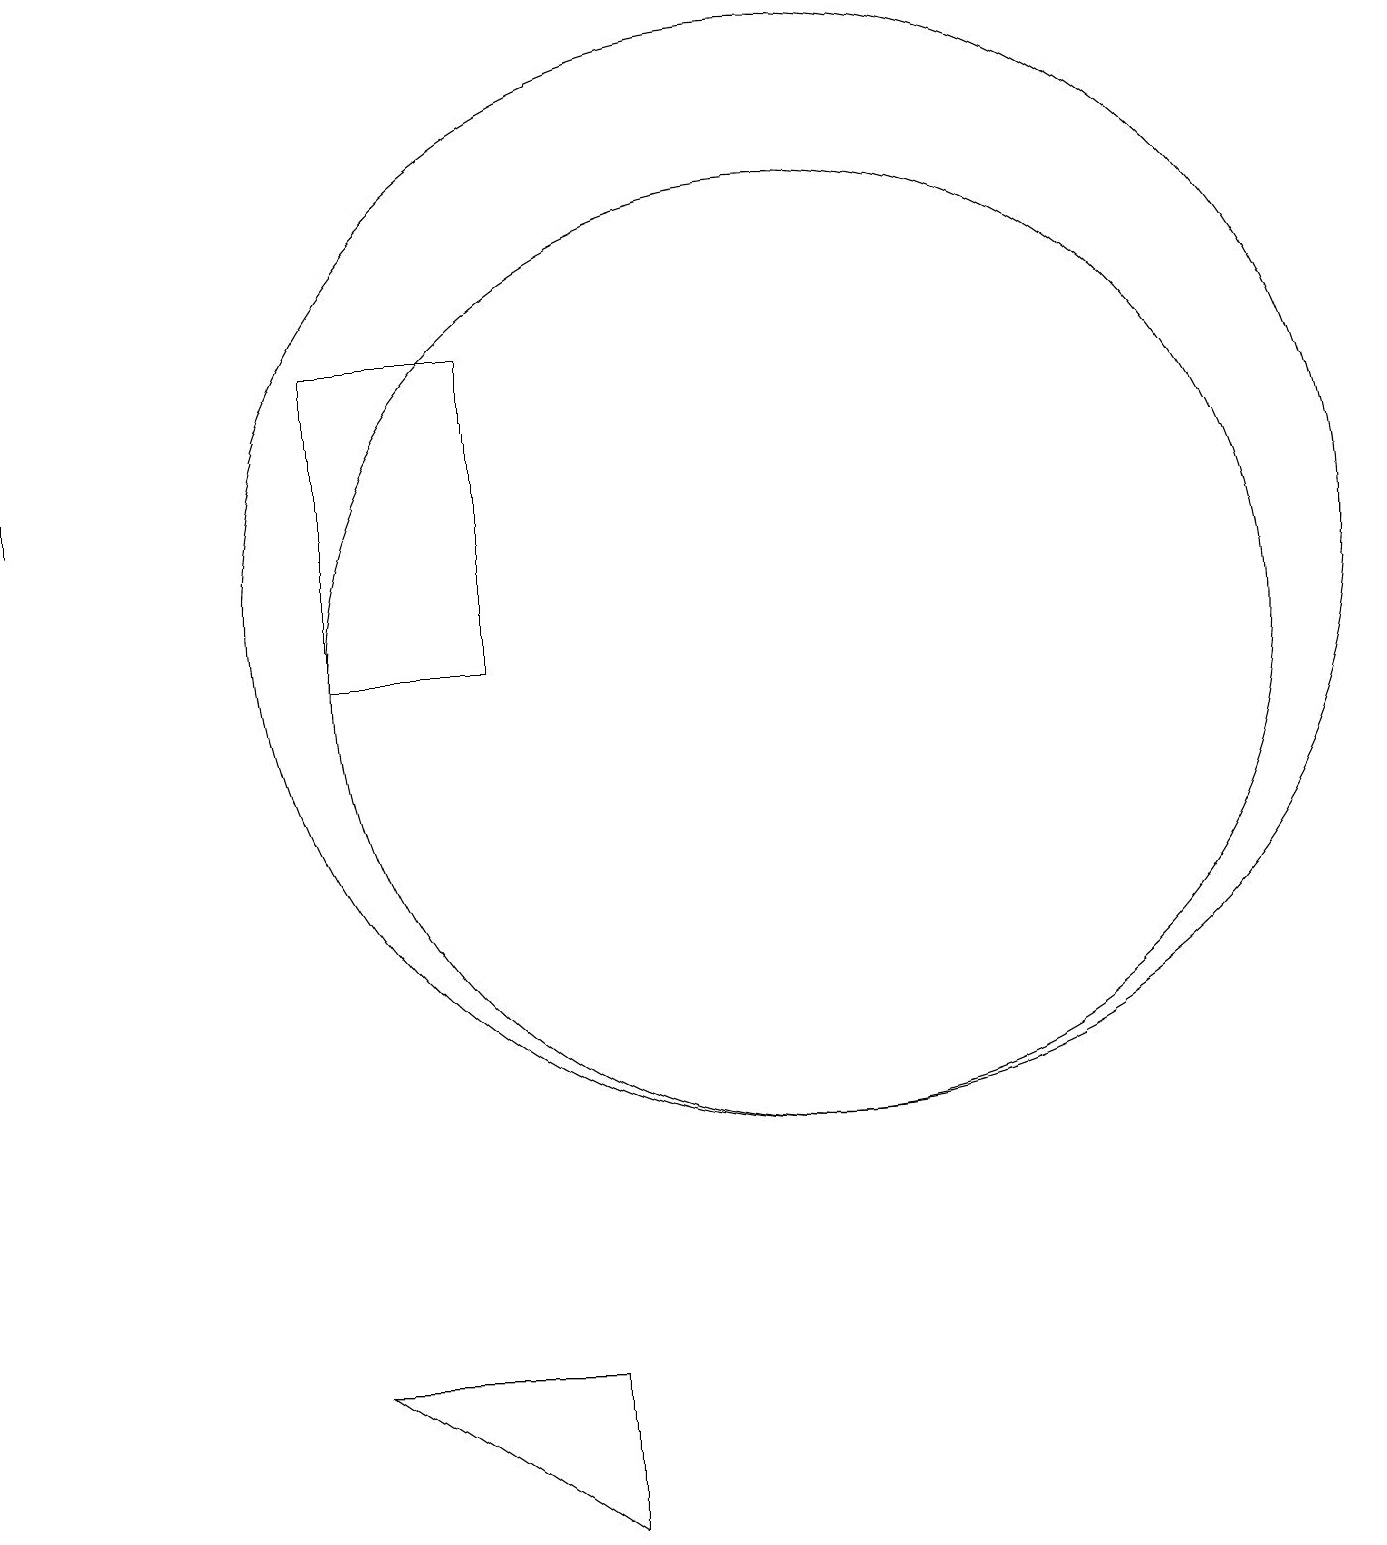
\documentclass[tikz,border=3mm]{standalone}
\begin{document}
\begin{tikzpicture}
\draw (10,12) circle (7);
\draw (10,11) circle (6);
\draw (0,17) rectangle (0,13);
\draw (7,2) -- (4,2) -- (7,0) -- cycle;
\draw (4,19) rectangle (4,19);
\draw (4,15) rectangle (6,11);
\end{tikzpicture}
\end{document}